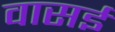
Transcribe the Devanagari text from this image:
वासई